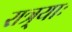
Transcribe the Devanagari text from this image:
रात्र्याः